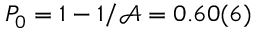
P _ { 0 } = 1 - 1 / \mathcal { A } = 0 . 6 0 ( 6 )